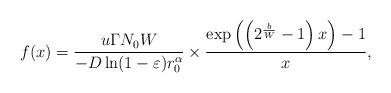
LaTeX: \begin{align*}f(x)=\frac{{u\Gamma {N_0}W}}{{ - D\ln (1 - \varepsilon ) r_0^\alpha}} \times \frac{\exp\left(\left(2^{\frac{b}{W}} - 1\right)x\right) - 1}{x},\end{align*}